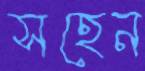
সহেন